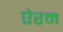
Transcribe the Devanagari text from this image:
ऐरम